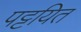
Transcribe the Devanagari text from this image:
पट्टयित